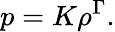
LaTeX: p=K\rho^{\Gamma}.